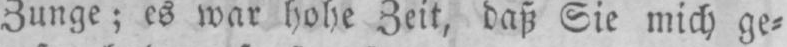
Zunge; es war hohe Zeit daß Sie mich ge⸗